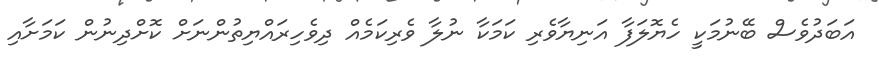
އަބަދުވެސް ބޭނުމަކީ ހެޔޮލަފާ އަނިޔާވެރި ކަމަކާ ނުލާ ވެރިކަމެއް ދިވެހިރައްޔިތުންނަށް ކޮށްދިނުން ކަމަށާއި